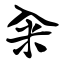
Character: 籴